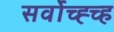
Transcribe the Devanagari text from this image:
सर्वोच्ह्च्ह